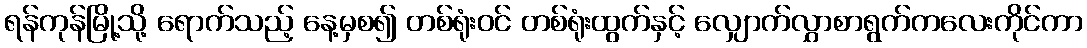
ရန်ကုန်မြို့သို့ ရောက်သည့် နေ့မှစ၍ တစ်ရုံးဝင် တစ်ရုံးထွက်နှင့် လျှောက်လွှာစာရွက်ကလေးကိုင်ကာ